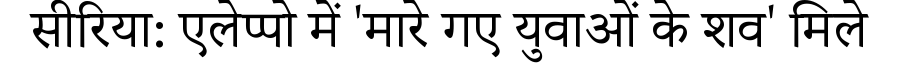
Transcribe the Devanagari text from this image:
सीरिया: एलेप्पो में 'मारे गए युवाओं के शव' मिले